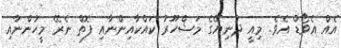
އެއް އެވޯޑް އެވެ. މިއީ ދުނިޔޭގެ މަޝްހޫރު ކައްކާއިންނާއި ފޮތް ނެރޭ މީހުންނާއި